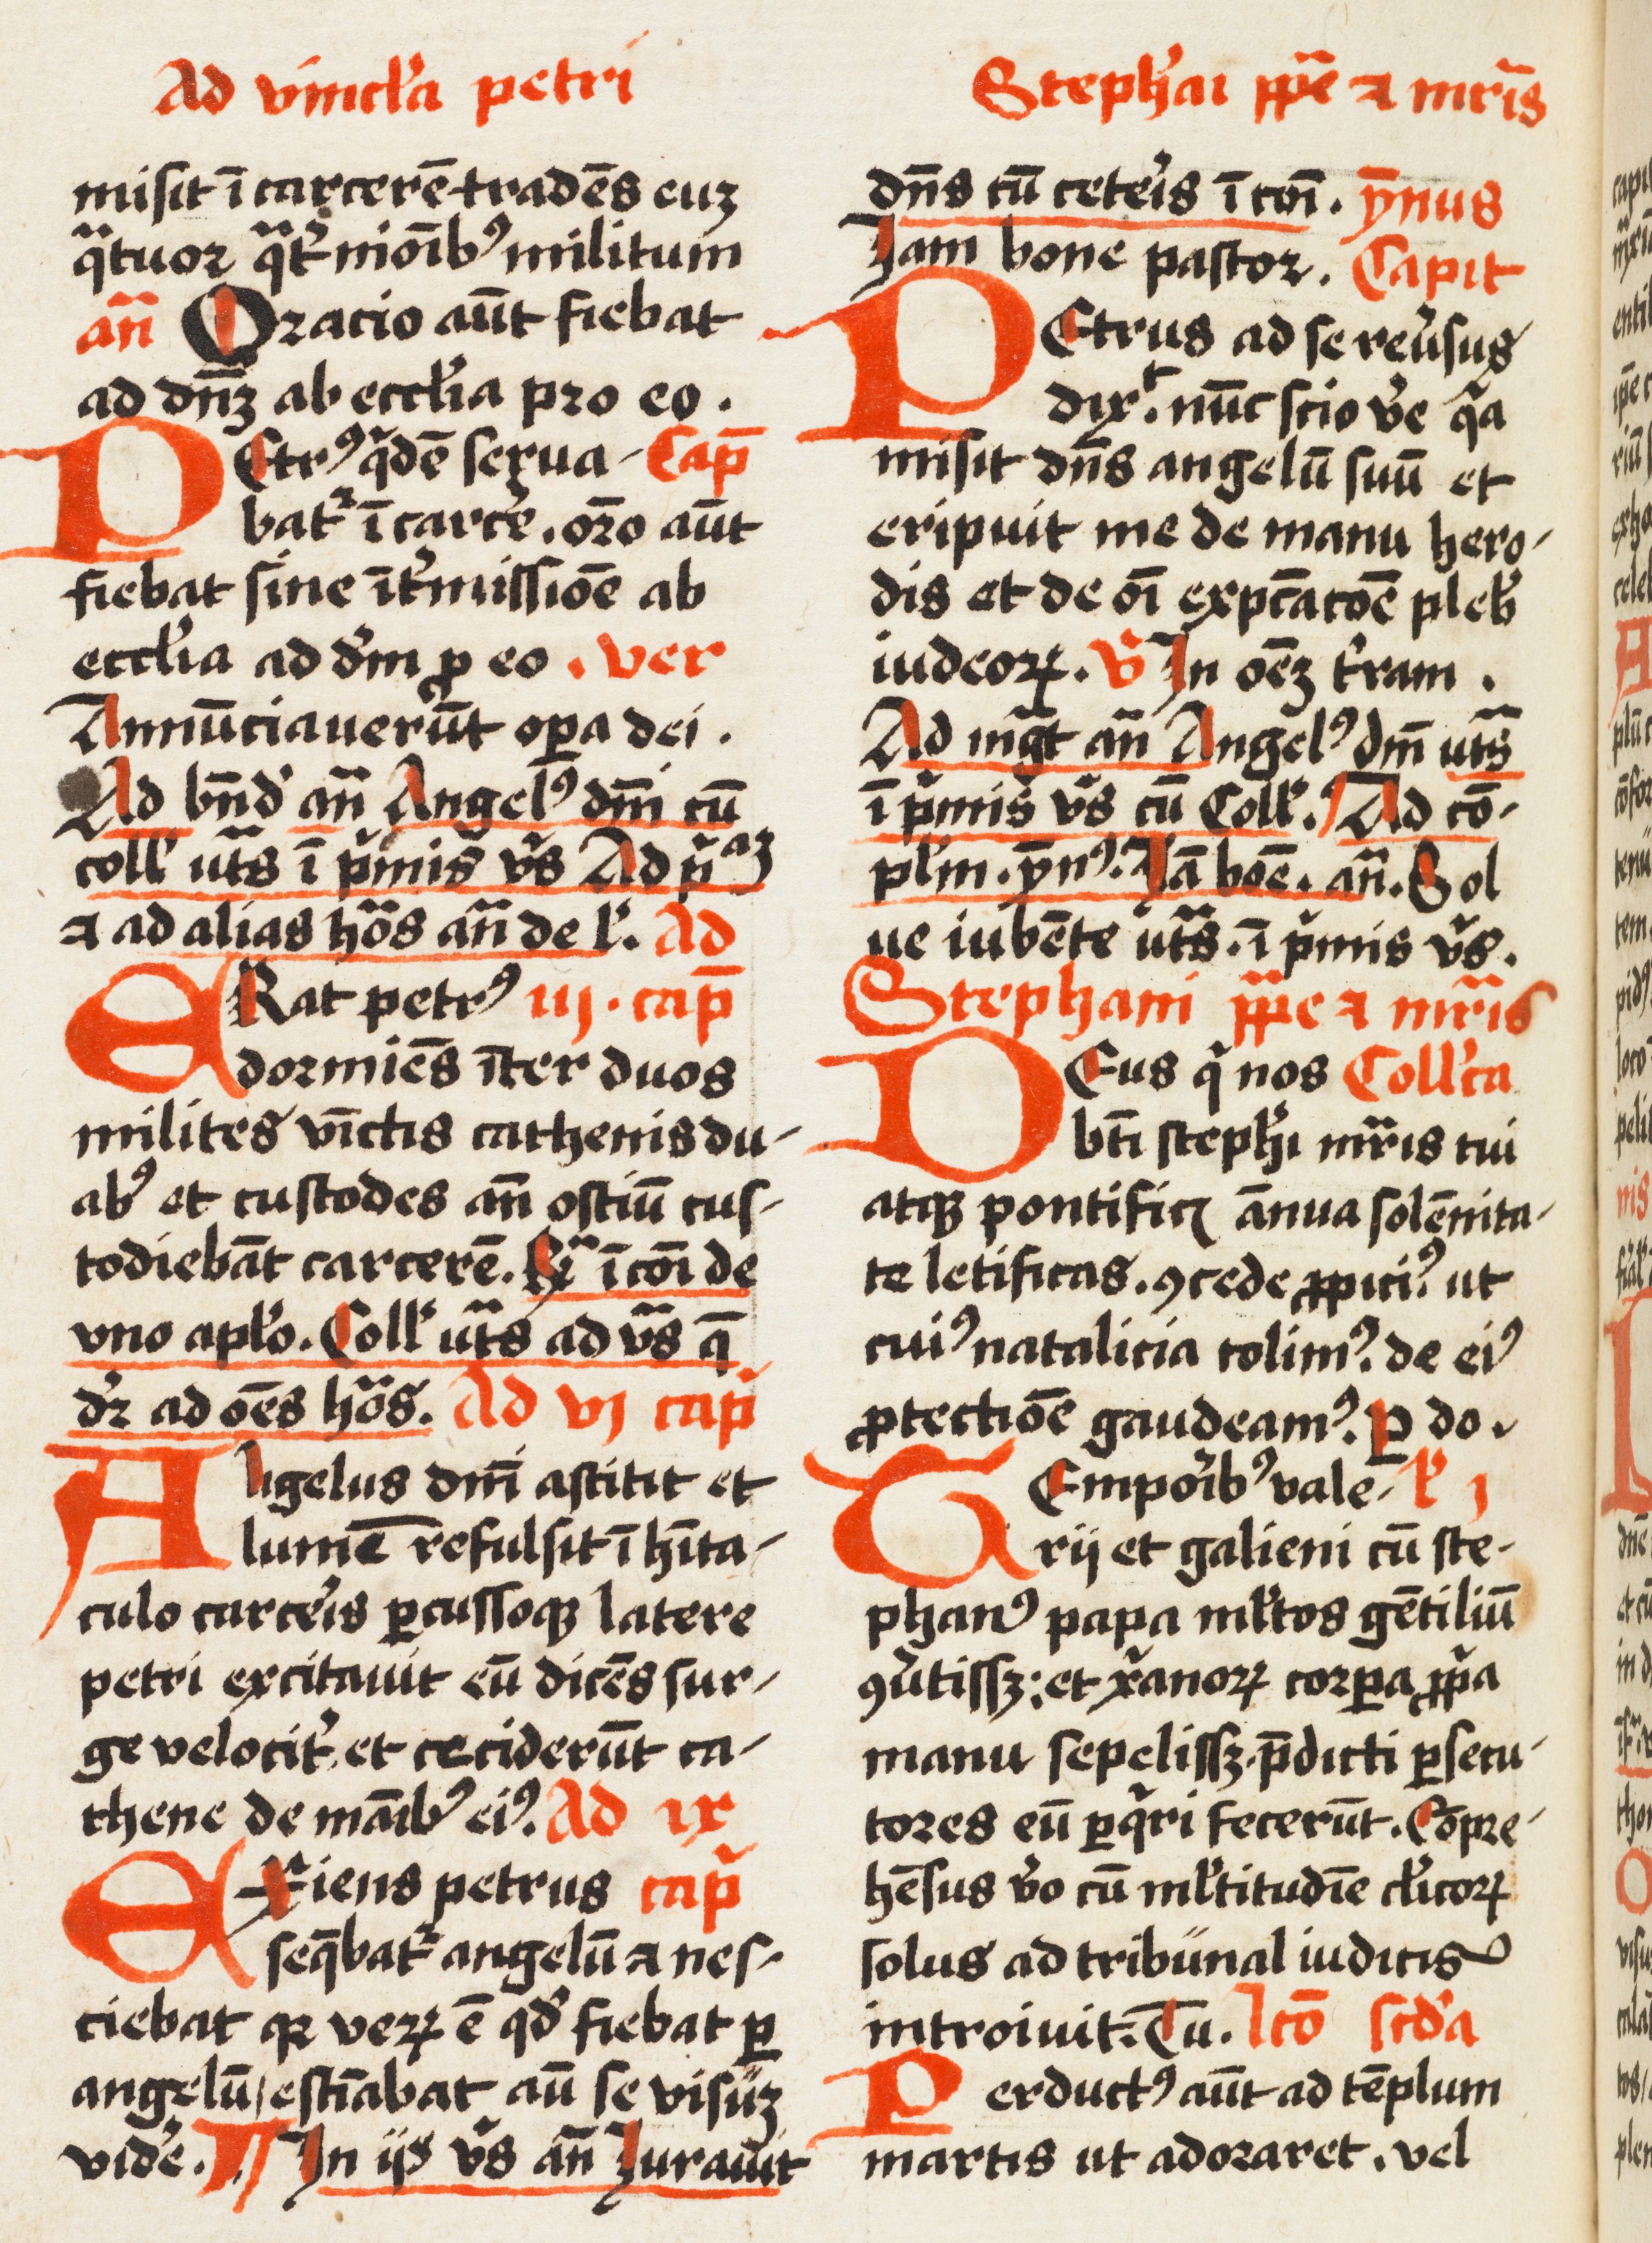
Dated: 1500–1524